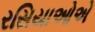
રસિયાઓએ